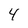
Character: 4